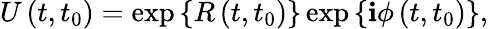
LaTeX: U\left(t,t_{0}\right)=\exp\left\{ R\left(t,t_{0}\right)\right\} \exp\left\{ \mathbf{i}\phi\left(t,t_{0}\right)\right\} ,